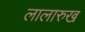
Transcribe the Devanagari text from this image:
लालारुख